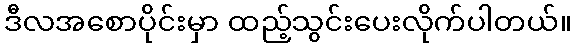
ဒီလအစောပိုင်းမှာ ထည့်သွင်းပေးလိုက်ပါတယ်။